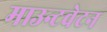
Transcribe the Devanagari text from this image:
माउन्टवेटन